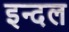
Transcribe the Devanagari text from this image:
इन्दल